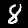
Label: 8